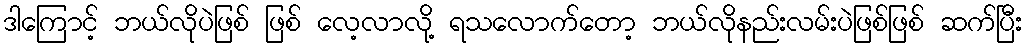
ဒါကြောင့် ဘယ်လိုပဲဖြစ် ဖြစ် လေ့လာလို့ ရသလောက်တော့ ဘယ်လိုနည်းလမ်းပဲဖြစ်ဖြစ် ဆက်ပြီး